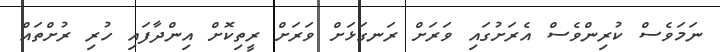
ނަމަވެސް ކުރިންވެސް އެރަށުގައި ވަރަށް ރަނގަޅަށް ވަރަށް ރީތިކޮށް އިންދާފައި ހުރި ރުށްތައް